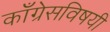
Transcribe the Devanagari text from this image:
काँग्रेसविषयी